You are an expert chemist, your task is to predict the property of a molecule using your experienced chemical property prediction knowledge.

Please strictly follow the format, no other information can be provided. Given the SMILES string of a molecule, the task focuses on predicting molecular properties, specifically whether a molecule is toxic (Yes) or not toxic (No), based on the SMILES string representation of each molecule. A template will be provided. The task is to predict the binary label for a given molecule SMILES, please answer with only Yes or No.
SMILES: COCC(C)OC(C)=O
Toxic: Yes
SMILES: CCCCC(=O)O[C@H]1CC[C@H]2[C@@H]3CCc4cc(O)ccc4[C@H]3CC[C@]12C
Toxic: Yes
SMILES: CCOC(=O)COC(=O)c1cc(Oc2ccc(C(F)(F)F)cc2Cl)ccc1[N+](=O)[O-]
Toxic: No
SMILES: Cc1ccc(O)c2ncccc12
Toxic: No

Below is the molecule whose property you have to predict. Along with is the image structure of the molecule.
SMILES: Oc1cc(Cl)c(Cl)c(Cl)c1Cl
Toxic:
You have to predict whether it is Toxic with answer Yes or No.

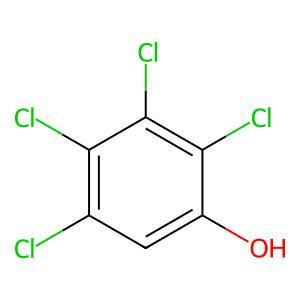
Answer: No